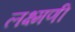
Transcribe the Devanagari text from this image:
लक्ष्मणी